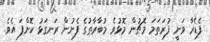
ފެޑެރާ ވަނީ ފުރަތަމަ މެޗުން މޮޅުވެ މުބާރާތުގެ ފެށުން ރަނގަޅު ކޮށްފަ އެވެ.